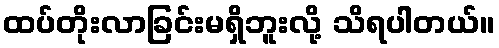
ထပ်တိုးလာခြင်းမရှိဘူးလို့ သိရပါတယ်။